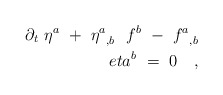
\begin{align*}\partial_t\ \eta^a\ +\ {\eta^a}_{,b}\ \ f^b\ -\ {f^a}_{,b}\\eta^b \ =\ 0\ \ \ ,\end{align*}